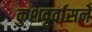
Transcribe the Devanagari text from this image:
कुशदूर्वासने